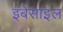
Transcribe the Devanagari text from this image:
इंबेसाइल